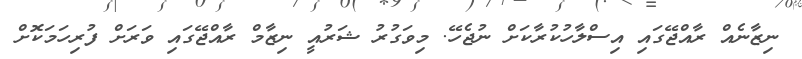
ނިޒާނެއް ރާއްޖޭގައި އިސްލާހުކުރާކަށް ނުޖެހޭ. މިވަގުރު ޝަރުއީ ނިޒާމް ރާއްޖޭގައި ވަރަށް ފުރިހަމަކޮށް